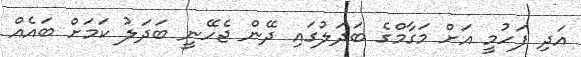
އަދި ފަހުމީ އަށް މަގާމްގެ ބަދަލުގައި ދޭން ޖެހޭނީ ބަދަލު ކަމަށް ބައެއް